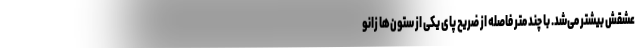
عشقش بیشتر می‌شد. با چند متر فاصله از ضریح پای یکی از ستون‌ها زانو